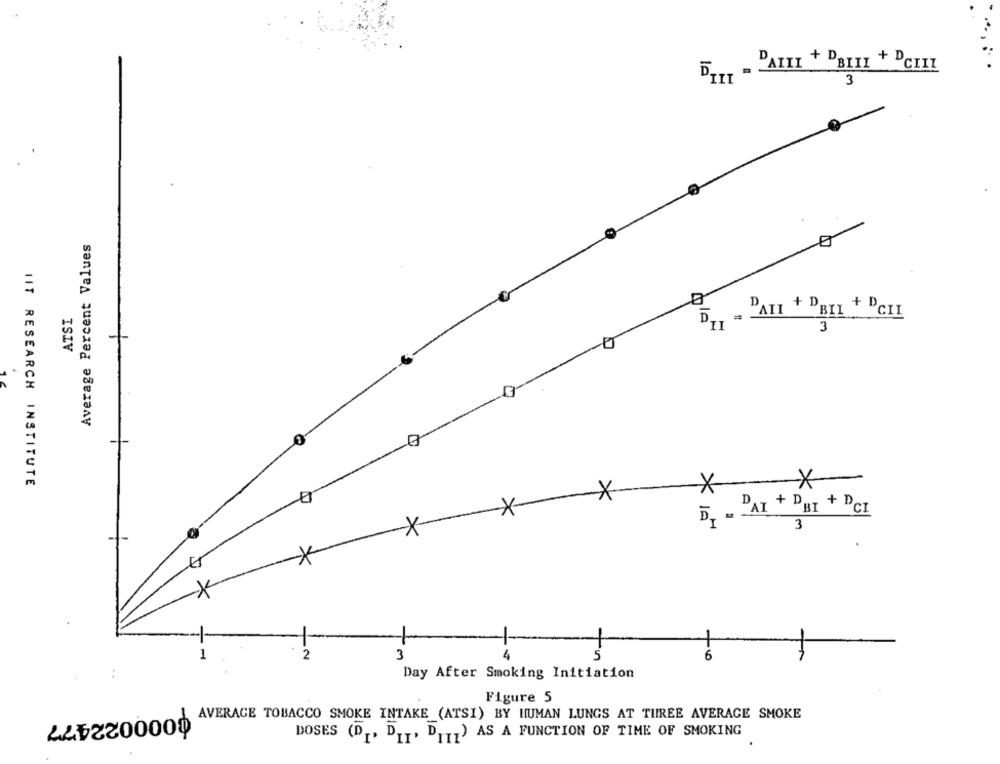
3
Average Percent Values
ATSI
+ "BIL + PCIL
3
-
IIT RESEARCH INSTITUTE
XX
D, "AI + DBI + PCI
3
1
2
3
5
6
Day After Smoking Initiation
Figure 5
AVERAGE TOBACCO SMOKE INTAKE (ATSI) BY HUMAN LUNGS AT TIIREE AVERAGE SMOKE
0000022477
DOSES (D. DIT, D."") AS A FUNCTION OF TIME OF SMOKING